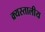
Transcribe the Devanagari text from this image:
क्र्यस्तालीय